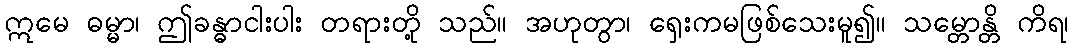
ဣမေ ဓမ္မာ၊ ဤခန္ဓာငါးပါး တရားတို့ သည်။ အဟုတွာ၊ ရှေးကမဖြစ်သေးမူ၍။ သမ္တောန္တိ ကိရ၊